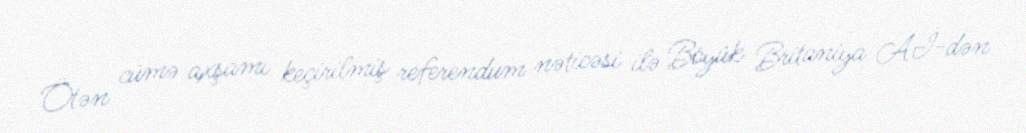
Ötən cümə axşamı keçirilmiş referendum nəticəsi ilə Böyük Britaniya Aİ-dən